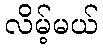
လိမ့်မယ်